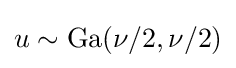
u\sim \mathrm {Ga} (\nu /2,\nu /2)